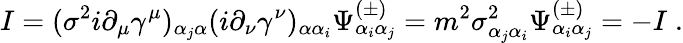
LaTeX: I=(\sigma^{2}i\partial_{\mu}\gamma^{\mu})_{\alpha_{j}\alpha}(i\partial_{\nu}\gamma^{\nu})_{\alpha\alpha_{i}}\Psi_{\alpha_{i}\alpha_{j}}^{(\pm)}=m^{2}\sigma_{\alpha_{j}\alpha_{i}}^{2}\Psi_{\alpha_{i}\alpha_{j}}^{(\pm)}=-I\; .